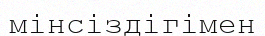
мінсіздігімен